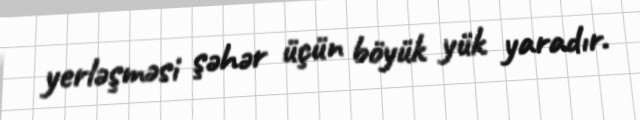
yerləşməsi şəhər üçün böyük yük yaradır.